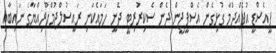
ޕީއެސްޑީ އުފެއްދުމާ ގުޅިގެން އެސްޕީޖީން ދެން ސެކިރުރިޓީ ދޭނީ ހަމައެކަނި ރައީސުލްޖުމްހޫރިއްޔާގެ ނައިބާއި